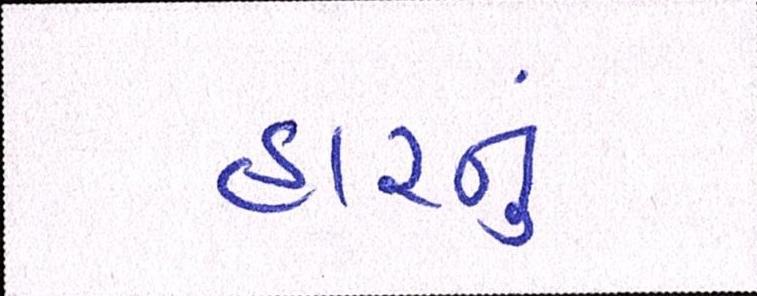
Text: હારનું